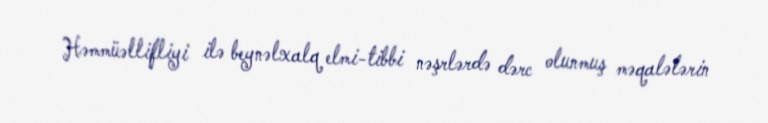
Həmmüəllifliyi ilə beynəlxalq elmi-tibbi nəşrlərdə dərc olunmuş məqalələrin